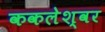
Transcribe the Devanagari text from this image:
ककलेश्वर